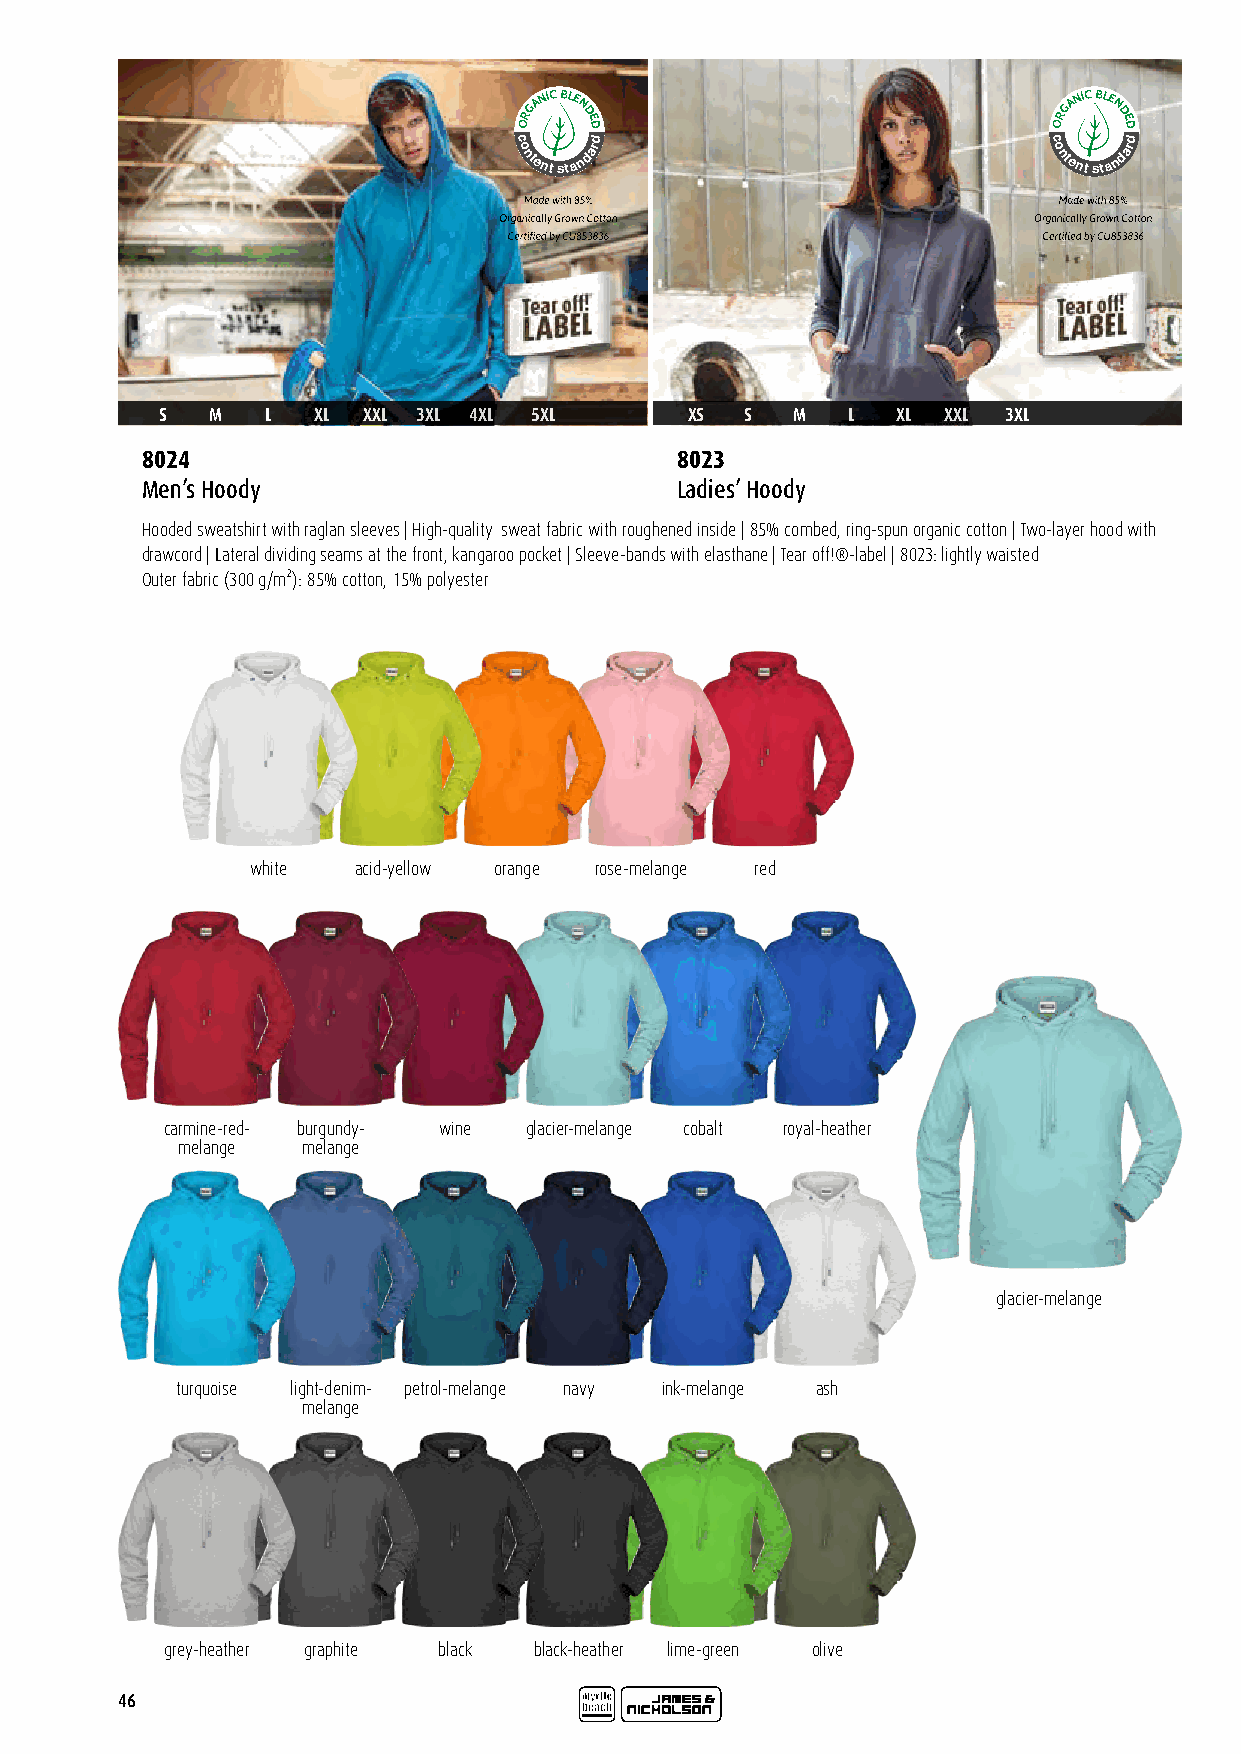
GANIC BLE
 N
 GANIC BLE
 N
 OR  DED                             OR  DED
 c
 o
 ntent
 sta
 ndard                          c
 o
 ntent
 sta
 ndard
 S   M   L  XL XXL 3XL 4XL 5XL       XS S   M  L  XL XXL  3XL
 8024                                8023
 Men’s Hoody                         Ladies’ Hoody
 Hooded sweatshirt with raglan sleeves | High-quality sweat fabric with roughened inside | 85% combed, ring-spun organic cotton | Two-layer hood with
 drawcord | Lateral dividing seams at the front, kangaroo pocket | Sleeve-bands with elasthane | Tear off!®-label | 8023: lightly waisted
 Outer fabric (300 g/m²): 85% cotton, 15% polyester
 white acid-yellow orange rose-melange red
 carmine-red- burgundy- wine glacier-melange cobalt royal-heather
 melange melange
 glacier-melange
 turquoise light-denim- petrol-melange navy ink-melange ash
 melange
 grey-heather graphite black black-heather lime-green olive
 46